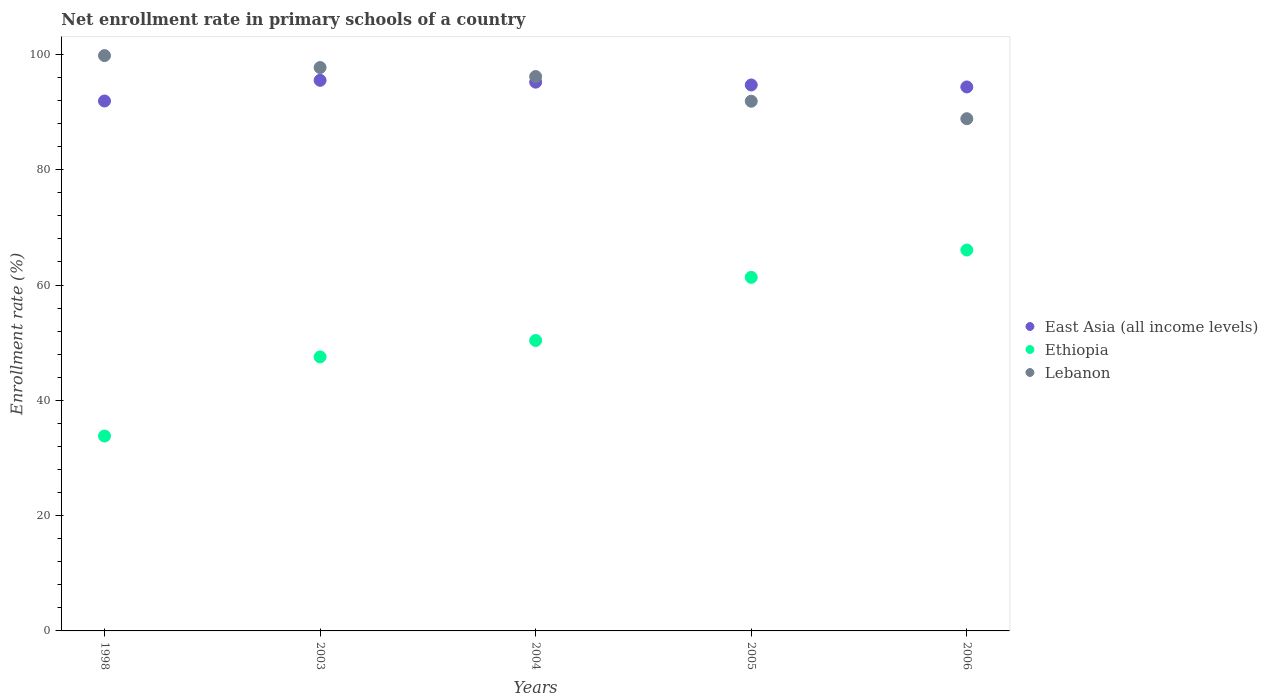
| Years | East Asia (all income levels) | Ethiopia | Lebanon |
 | --- | --- | --- | --- |
 | 1998 | 91.9 | 33.8 | 99.8 |
 | 2003 | 95.5 | 47.5 | 97.7 |
 | 2004 | 95.2 | 50.4 | 96.2 |
 | 2005 | 94.7 | 61.3 | 91.9 |
 | 2006 | 94.4 | 66.1 | 88.8 |